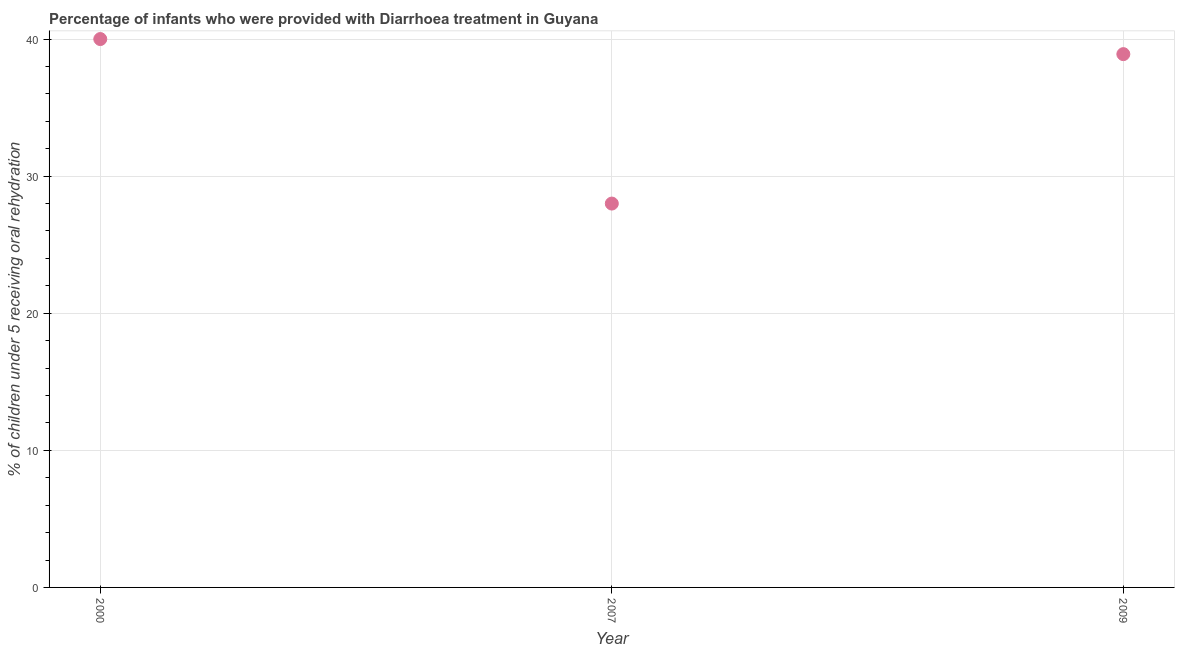
| Year | Diarrhea treatment |
 | --- | --- |
 | 2000 | 40 |
 | 2007 | 28 |
 | 2009 | 38.9 |